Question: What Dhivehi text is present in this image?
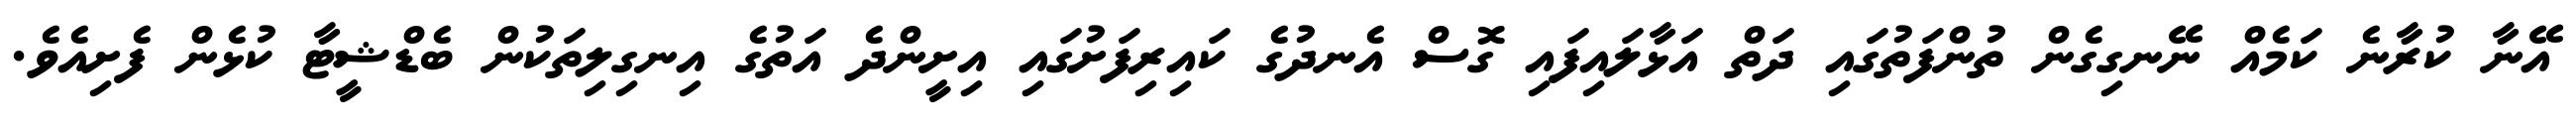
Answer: އޭނާ ކުރާނެ ކަމެއް ނޭނގިގެން ތުންފަތުގައި ދަތް އަޅާލައިފައި ގޮސް އެނދުގެ ކައިރިފަށުގައި އިށީންދެ އަތުގެ އިނގިލިތަކުން ބެޑްޝީޓާ ކުޅެން ފެށިއެވެ.